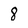
Character: 8